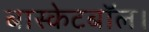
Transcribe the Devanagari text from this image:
बास्केटबॉल।